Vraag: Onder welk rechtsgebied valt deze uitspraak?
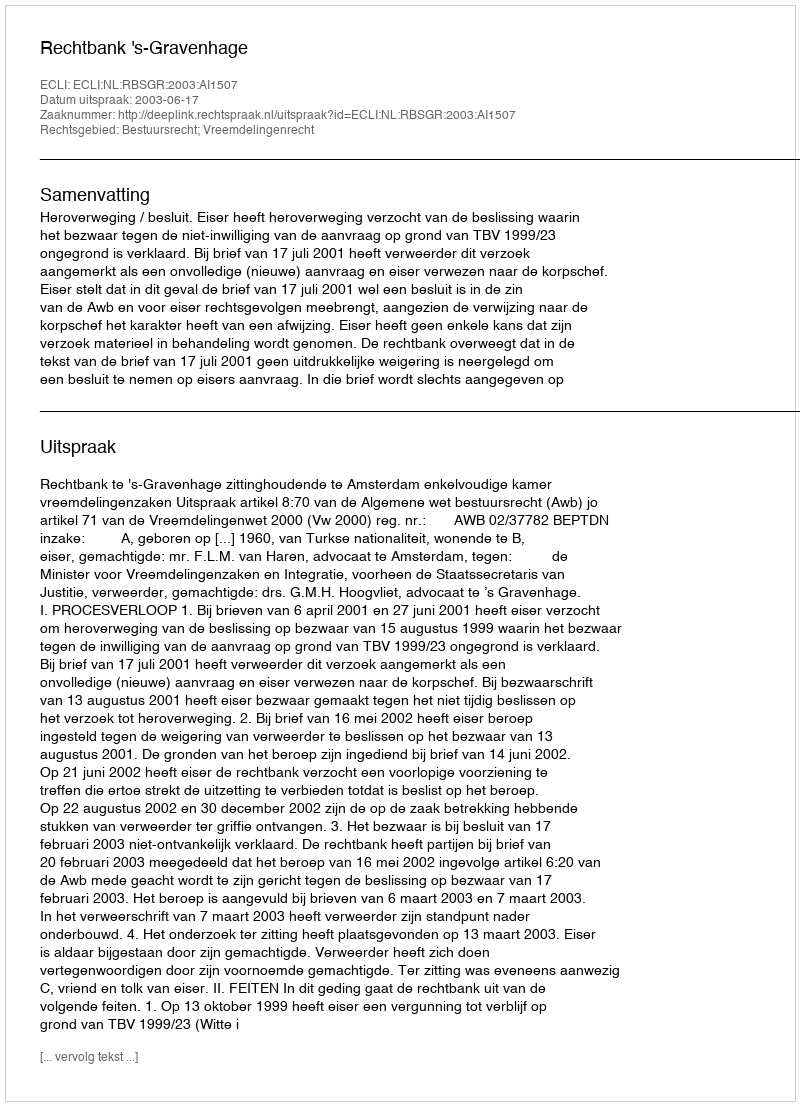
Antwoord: Bestuursrecht; Vreemdelingenrecht